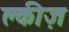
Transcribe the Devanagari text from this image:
क्लीज़